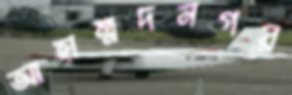
আহাম্মদনগর